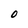
Character: O